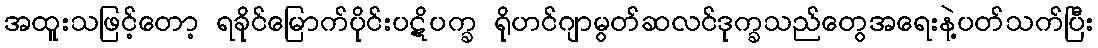
အထူးသဖြင့်တော့ ရခိုင်မြောက်ပိုင်းပဋိပက္ခ ရိုဟင်ဂျာမွတ်ဆလင်ဒုက္ခသည်တွေအရေးနဲ့ပတ်သက်ပြီး